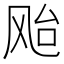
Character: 𱃗